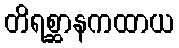
တိရစ္ဆာနကထာယ